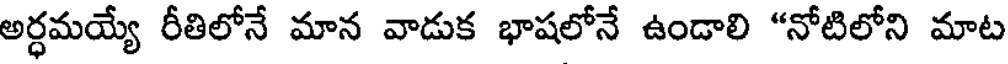
అర్ధమయ్యే రీతిలోనే మాన వాడుక భాషలోనే ఉండాలి "నోటిలోని మాట